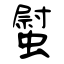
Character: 螱